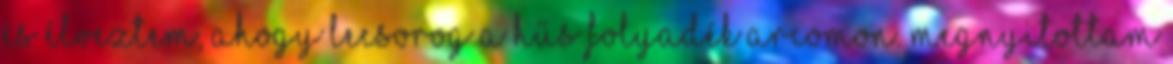
és élveztem, ahogy lecsorog a hűs folyadék arcomon. Megnyitottam